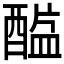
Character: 𲆷